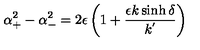
\alpha _ { + } ^ { 2 } - \alpha _ { - } ^ { 2 } = 2 \epsilon \left( 1 + \frac { \epsilon k \sinh \delta } { k ^ { ' } } \right)